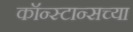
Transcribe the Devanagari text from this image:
कॉन्स्टान्सच्या